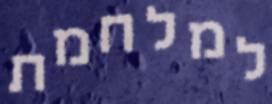
למלחמת